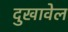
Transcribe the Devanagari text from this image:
दुखावेल